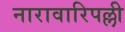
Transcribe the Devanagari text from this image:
नारावारिपल्ली